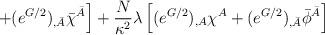
LaTeX: \begin{align*}\left.+(e^{G/2})_{,\bar A} \bar\chi^{\bar A}\right] + \frac{N}{\kappa^2} \lambda \left[ (e^{G/2})_{,A}\chi^A +(e^{G/2})_{,\bar A} \bar\phi^{\bar A} \right]\end{align*}